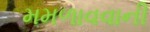
મમળાવવાની